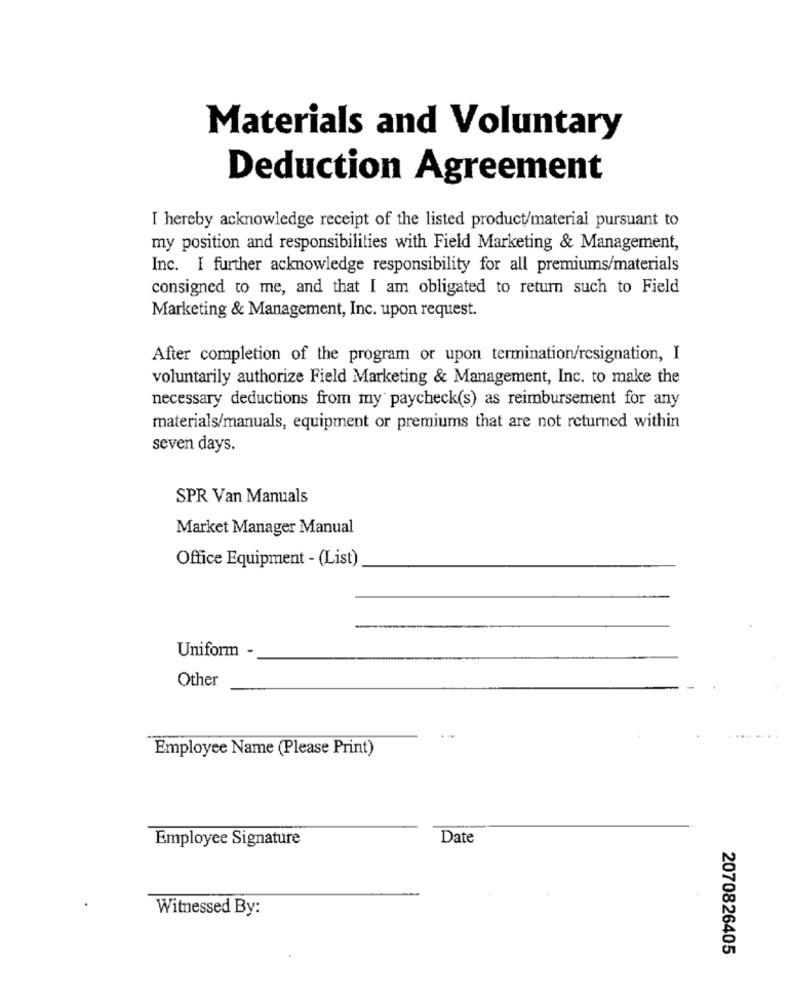
Materials and Voluntary
Deduction Agreement
I hereby acknowledge receipt of the listed product/material pursuant to
my position and responsibilities with Field Marketing & Management,
Inc. I further acknowledge responsibility for all premiums/materials
consigned to me, and that I am obligated to return such to Field
Marketing & Management, Inc. upon request.
After completion of the program or upon termination/resignation, I
voluntarily authorize Field Marketing & Management, Inc. to make the
necessary deductions from my paycheck(s) as reimbursement for any
materials/manuals, equipment or premiums that are not returned within
seven days.
SPR Van Manuals
Market Manager Manual
Office Equipment - (List)
Uniform
Other
Employee Name (Please Print)
Employee Signature
Date
Witnessed By:
2070826405